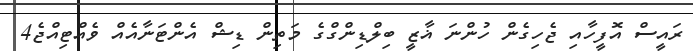
ރައީސް އޮފީހާއި ޖެހިގެން ހުންނަ ޣާޒީ ބިލްޑިންގްގެ މަތިން ޑިޝް އެންޓަނާއެއް ވެއްޓިއްޖެ4